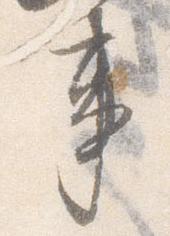
事